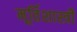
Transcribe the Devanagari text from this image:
मूर्तिशास्त्री